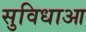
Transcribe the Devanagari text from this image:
सुविधाआ